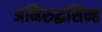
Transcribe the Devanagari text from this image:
अनिरुद्धसिन्ह